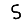
Digit: 5